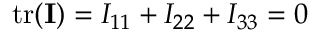
\mathrm { t r } ( { \bf \cal I } ) = I _ { 1 1 } + I _ { 2 2 } + I _ { 3 3 } = 0